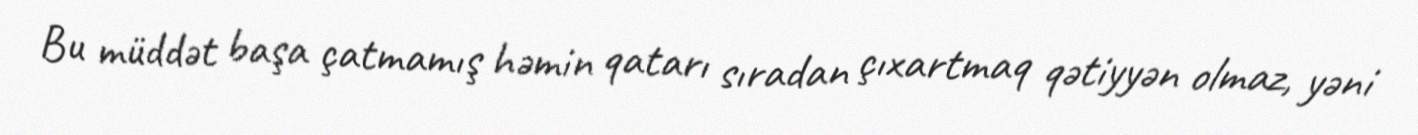
Bu müddət başa çatmamış həmin qatarı sıradan çıxartmaq qətiyyən olmaz, yəni